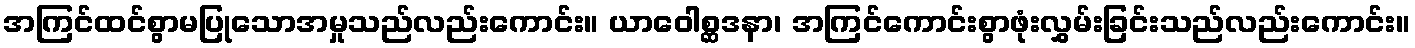
အကြင်ထင်စွာမပြုသောအမှုသည်လည်းကောင်း။ ယာဝေါစ္ဆဒနာ၊ အကြင်ကောင်းစွာဖုံးလွှမ်းခြင်းသည်လည်းကောင်း။